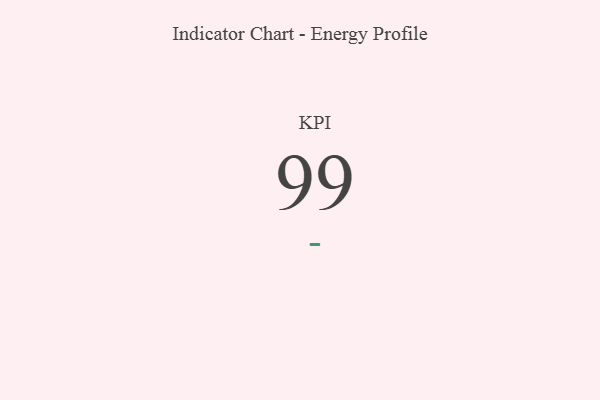
{"axis": {"x": "KPI", "y": "Value"}, "legend": [""], "data": [{"x": "KPI", "y": 99, "type": ""}]}